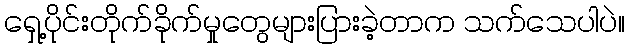
ရှေ့ပိုင်းတိုက်ခိုက်မှုတွေများပြားခဲ့တာက သက်သေပါပဲ။